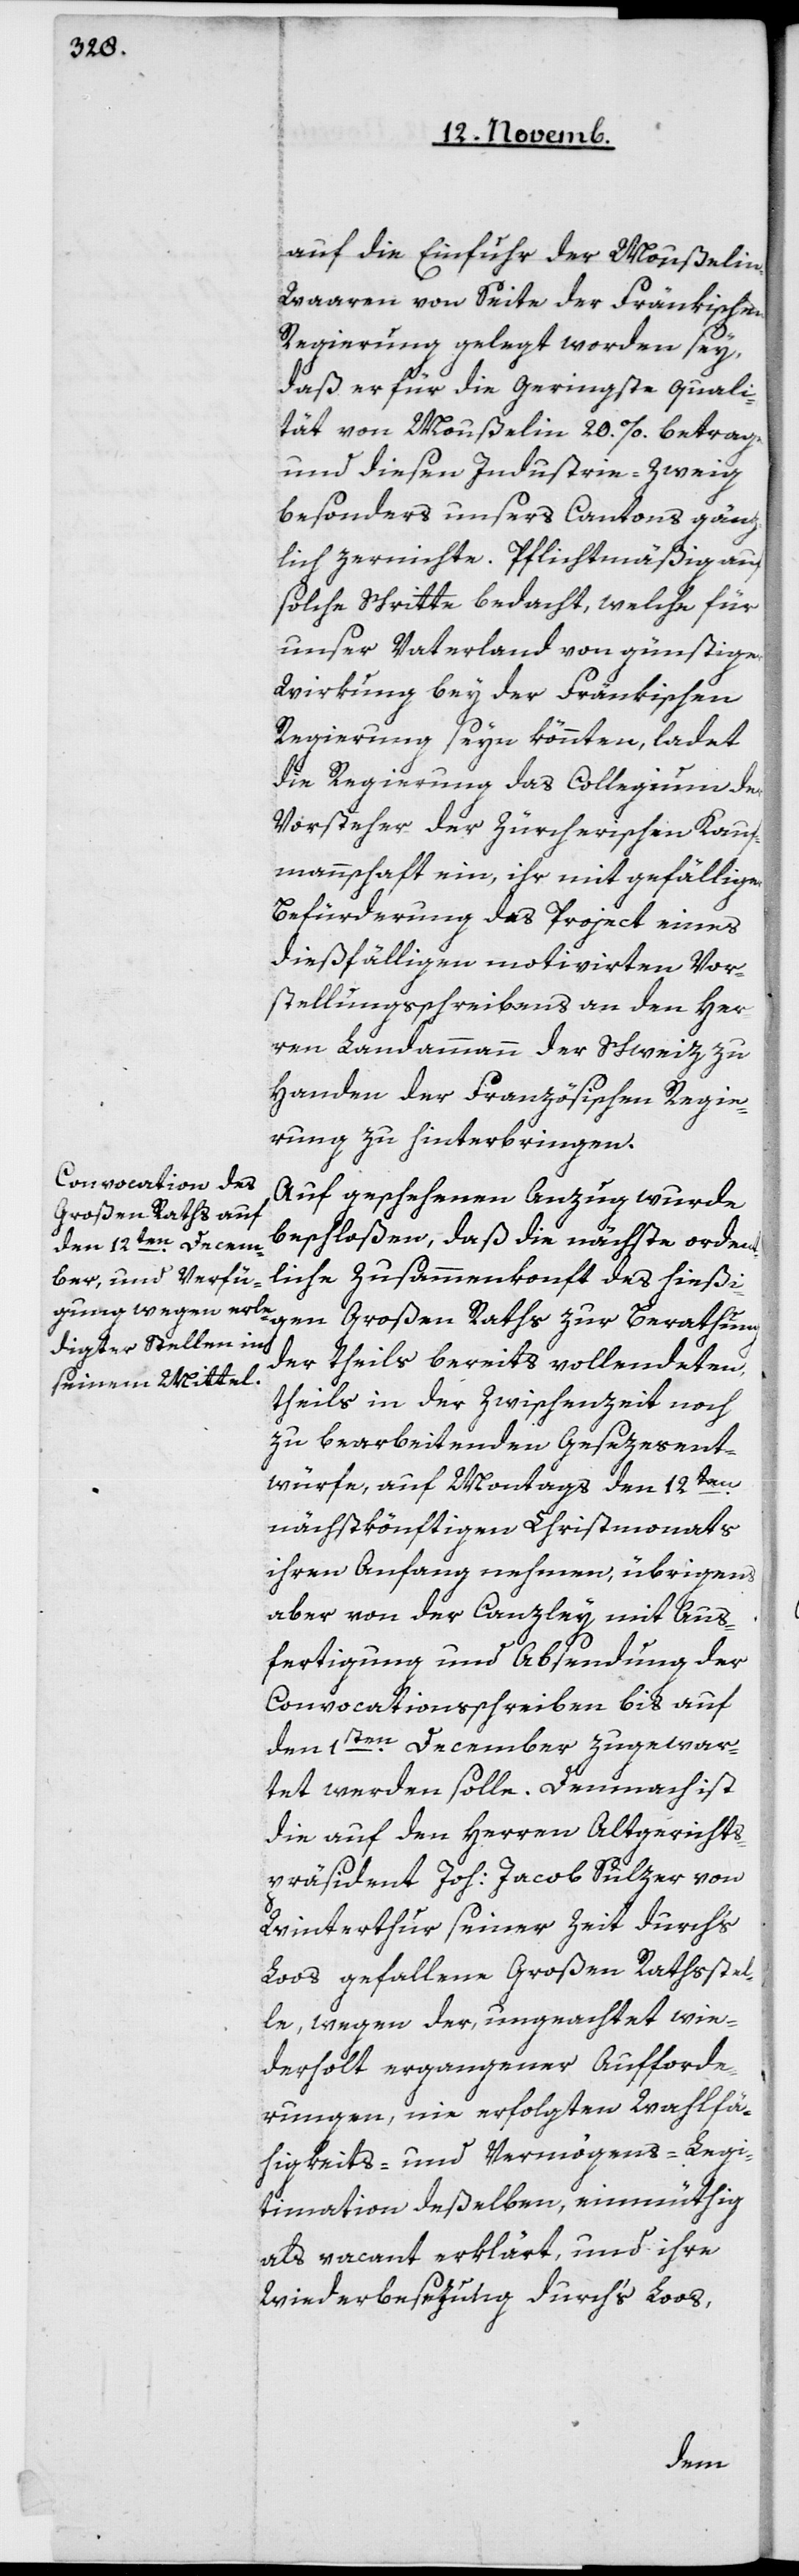
auf die Einfuhr der Mousselin-W¬
aaren von Seite der Fränkischen
Regierung gelegt worden sey,
daß er für die geringste Quali¬
tät von Mousselin 20% betrage
und diesen Industrie-Zweig
besonders unsers Cantons gänz¬
lich zernichte. Pflichtmäßig auf
solche Schritte bedacht, welche für
unser Vaterland von günstiger
Wirkung bey der Fränkischen
Regierung seyn könnten, ladet
die Regierung das Collegium der
Vorsteher der Zürcherischen Kauf¬
mannschaft ein, ihr mit gefälliger
Befürderung das Project eines
dießfälligen motivierten Vor¬
stellungsschreibens an den Her¬
ren Landammann der Schweiz zu
Handen der Französischen Regie¬
rung zu hinterbringen.
Auf geschehenen Anzug wurde
beschloßen, daß die nächste orden¬
tliche Zusammenkunft des hiesi¬
gen Großen Raths zur Berathung
der theils bereits vollendeten,
theils in der Zwischenzeit noch
zu bearbeitenden Gesezesent¬
würfe, auf Montags den 12ten
nächstkönftigen Christmonats
ihren Anfang nehmen, übrigens
aber von der Canzley mit Aus¬
fertigung und Absendung der
Convocationsschreiben bis auf
den ersten December zugewar¬
tet werden solle. Demnach ist
die auf den Herren Altgerichts¬
präsident Joh. Jacob Sulzer von
Winterthur seiner Zeit durchs
Loos gefallene Großen Rathsstel¬
le, wegen der, ungeachtet wie¬
derholt ergangener Aufforde¬
rungen, nie erfolgten Wahlfä¬
higkeits- und Vermögens-Legi¬
timation deßelben, einmüthig
als vacant erklärt, und ihre
Wiederbesezung durch‘s Loos,